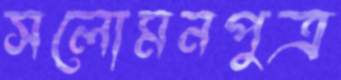
সলোমনপুত্র